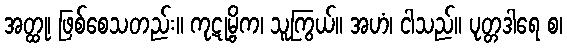
အတ္ထု၊ ဖြစ်စေသတည်း။ ကုဋုမ္ဗိက၊ သူကြွယ်။ အဟံ၊ ငါသည်။ ပုတ္တဒါရေ စ၊